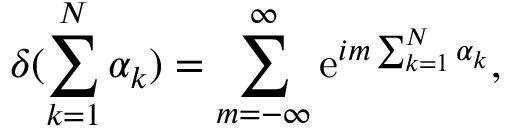
\delta ( \sum _ { k = 1 } ^ { N } \alpha _ { k } ) = \sum _ { m = - \infty } ^ { \infty } \mathrm { e } ^ { i m \sum _ { k = 1 } ^ { N } \alpha _ { k } } ,